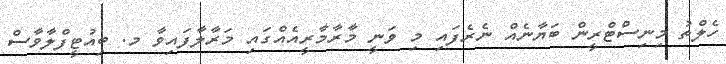
ހެލްތު މިނިސްޓްރީން ބަޔާނެއް ނެރެފައި މި ވަނީ މާރާމާރީއެއްގައި މަރާލާފައިވާ މ. ބިއުޓީފްލާވާސް